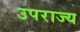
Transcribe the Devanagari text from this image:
उपराज्य